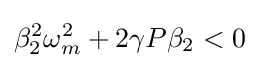
\beta _{2}^{2}\omega _{m}^{2}+2\gamma P\beta _{2}<0